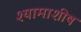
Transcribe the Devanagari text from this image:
श्यामाशीष